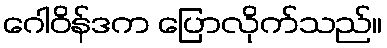
ဂေါဝိန်ဒက ပြောလိုက်သည်။